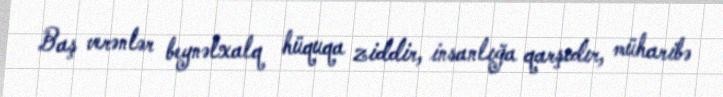
Baş verənlər beynəlxalq hüquqa ziddir, insanlığa qarşıdır, müharibə